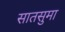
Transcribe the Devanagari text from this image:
सातसुमा